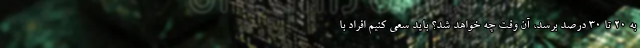
به ۲۰ تا ۳۰ درصد برسد، آن وقت چه خواهد شد؟ باید سعی کنیم افراد با